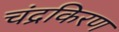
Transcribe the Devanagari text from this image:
चंद्रकिरण